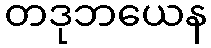
တဒုဘယေန